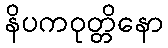
နိပကဝုတ္တိနော